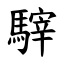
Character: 䮨